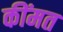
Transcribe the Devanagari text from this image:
कींमत